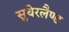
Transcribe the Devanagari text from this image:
सुथेरलैण्ड